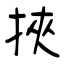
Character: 挾